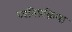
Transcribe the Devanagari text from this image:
ध्वनिप्रक्रिया